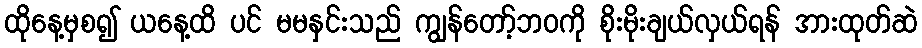
ထိုနေ့မှစ၍ ယနေ့ထိ ပင် မမနှင်းသည် ကျွန်တော့်ဘဝကို စိုးမိုးချယ်လှယ်ရန် အားထုတ်ဆဲ